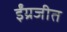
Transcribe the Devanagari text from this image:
ईंग्रजीत